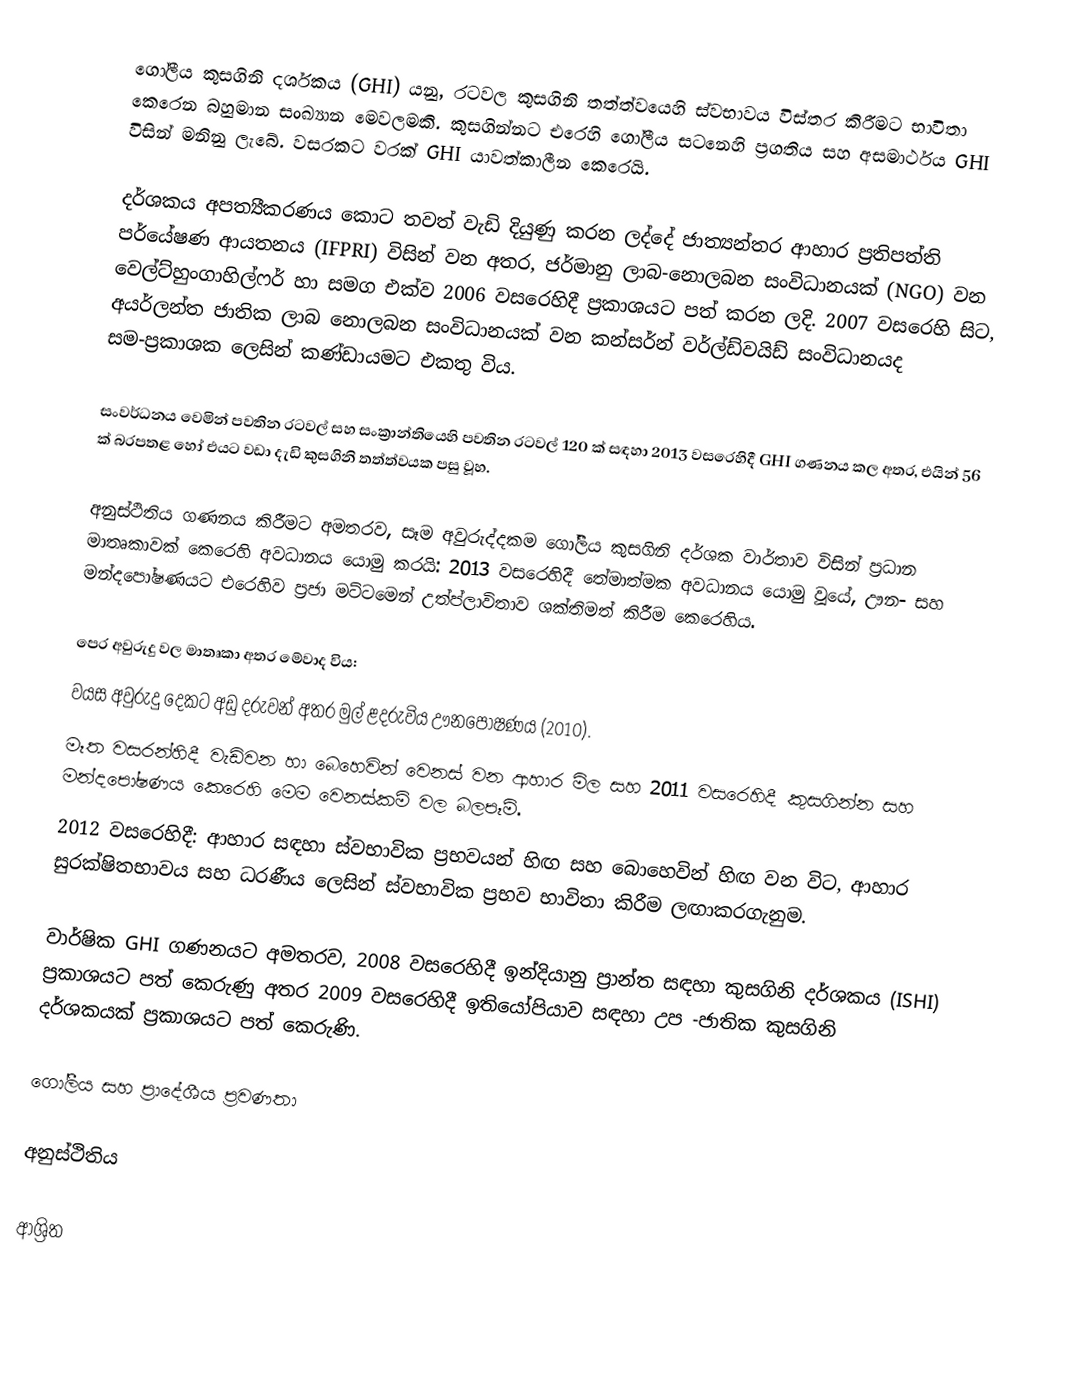
ගෝලීය කුසගිනි දර්ශකය (GHI) යනු, රටවල කුසගිනි තත්ත්වයෙහි ස්වභාවය විස්තර කිරීමට භාවිතා කෙරෙන බහුමාන සංඛ්‍යාන මෙවලමකි. කුසගින්නට එරෙහි ගෝලීය සටනෙහි ප්‍රගතිය සහ අසමාර්ථය GHI විසින්  මනිනු ලැබේ.  වසරකට වරක් GHI යාවත්කාලීන කෙරෙයි.

දර්ශකය අපත්‍යීකරණය කොට තවත් වැඩි දියුණු කරන ලද්දේ ජාත්‍යන්තර ආහාර ප්‍රතිපත්ති පර්යේෂණ ආයතනය (IFPRI) විසින් වන අතර, ජර්මානු ලාබ-නොලබන සංවිධානයක් (NGO) වන වෙල්ට්හුංගාහිල්ෆර් හා සමග එක්ව 2006 වසරෙහිදී ප්‍රකාශයට පත් කරන ලදි. 2007 වසරෙහි සිට, අයර්ලන්ත ජාතික ලාබ නොලබන සංවිධානයක් වන කන්සර්න් වර්ල්ඩ්වයිඩ් සංවිධානයද සම-ප්‍රකාශක ලෙසින් කණ්ඩායමට එකතු විය.

සංවර්ධනය වෙමින් පවතින රටවල් සහ  සංක්‍රාන්තියෙහි පවතින රටවල් 120 ක් සඳහා 2013 වසරෙහිදී GHI ගණනය කල අතර,  එයින් 56 ක් බරපතළ හෝ එයට වඩා දැඩි කුසගිනි තත්ත්වයක පසු වූහ.

අනුස්ථිතිය ගණනය කිරීමට අමතරව, සෑම අවුරුද්දකම ගෝලීය කුසගිනි දර්ශක වාර්තාව විසින් ප්‍රධාන මාතෘකාවක් කෙරෙහි අවධානය යොමු කරයි: 2013 වසරෙහිදී  තේමාත්මක අවධානය යොමු වූයේ, ඌන- සහ මන්දපෝෂණයට එරෙහිව ප්‍රජා මට්ටමෙන් උත්ප්ලාවිතාව ශක්තිමත් කිරීම කෙරෙහිය.

පෙර අවුරුදු වල මාතෘකා අතර මේවාද විය:
 වයස අවුරුදු දෙකට අඩු දරුවන් අතර මුල් ළදරුවිය ඌනපෝෂණය (2010).
 මෑත වසරන්හිදී වැඩිවන හා බෙහෙවින් වෙනස් වන ආහාර මිල සහ 2011 වසරෙහිදී කුසගින්න සහ මන්දපෝෂණය කෙරෙහි මෙම වෙනස්කම් වල බලපෑම්.
 2012 වසරෙහිදී: ආහාර සඳහා ස්වභාවික ප්‍රභවයන් හිඟ සහ බොහෙවින් හිඟ වන විට, ආහාර සුරක්ෂිතභාවය සහ ධරණීය ලෙසින් ස්වභාවික ප්‍රභව භාවිතා කිරීම ලඟාකරගැනුම.

වාර්ෂික GHI ගණනයට අමතරව, 2008 වසරෙහිදී  ඉන්දියානු ප්‍රාන්ත සඳහා කුසගිනි දර්ශකය (ISHI) ප්‍රකාශයට පත් කෙරුණු අතර 2009 වසරෙහිදී ඉතියෝපියාව සඳහා උප -ජාතික කුසගිනි දර්ශකයක් ප්‍රකාශයට පත් කෙරුණි.

ගෝලීය සහ ප්‍රාදේශීය ප්‍රවණතා

අනුස්ථිතිය

ආශ්‍රිත